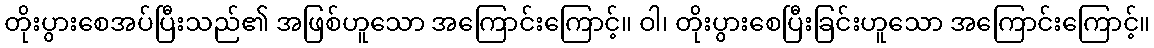
တိုးပွားစေအပ်ပြီးသည်၏ အဖြစ်ဟူသော အကြောင်းကြောင့်။ ဝါ၊ တိုးပွားစေပြီးခြင်းဟူသော အကြောင်းကြောင့်။